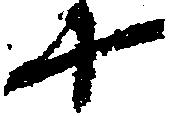
十